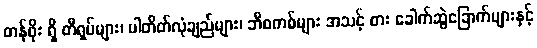
တန်ဖိုး ရှိ တီရှပ်များ၊ ပါတိတ်လုံချည်များ၊ ဘီစကစ်များ အသင့် စား ခေါက်ဆွဲခြောက်များနှင့်